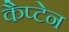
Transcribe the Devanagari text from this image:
कैप्‍टेन